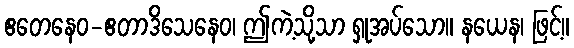
ဧတေနေဝ-ဧတာဒိသေနေဝ၊ ဤကဲ့သို့သာ ရှုအပ်သော။ နယေန၊ ဖြင့်။